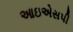
આઇએસપી